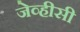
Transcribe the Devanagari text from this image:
जेव्हीसी